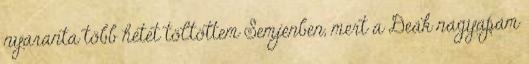
nyaranta több hetet töltöttem Semjénben, mert a Deák nagyapám